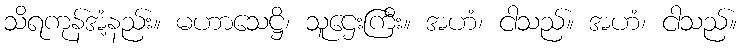
သိရကုန်အံ့နည်း။ မဟာသေဋ္ဌိ၊ သူဌေးကြီး။ အဟံ၊ ငါသည်။ အဟံ၊ ငါသည်။